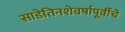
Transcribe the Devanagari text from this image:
साडेतिनशेवर्षापूर्वीचे